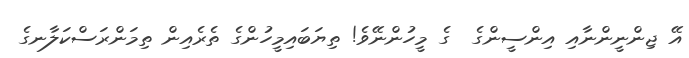
އޭ ޖިންނީންނާއި އިންސީންގެ  ގެ މީހުންނޭވެ! ތިޔަބައިމީހުންގެ ތެރެއިން ތިމަންރަސްކަލާނގެ